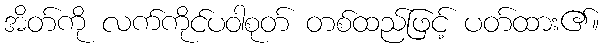
အိတ်ကို လက်ကိုင်ပဝါစုတ် တစ်ထည်ဖြင့် ပတ်ထား၏။